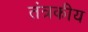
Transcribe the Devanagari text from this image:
तंत्रकीय